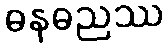
ဓနဓညဿ